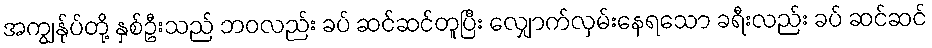
အကျွန်ုပ်တို့ နှစ်ဦးသည် ဘဝလည်း ခပ် ဆင်ဆင်တူပြီး လျှောက်လှမ်းနေရသော ခရီးလည်း ခပ် ဆင်ဆင်